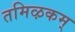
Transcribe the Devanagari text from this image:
तमिऴकम्